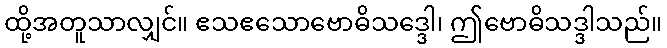
ထို့အတူသာလျှင်။ ဧသဧသောဗောဓိသဒ္ဒေါ၊ ဤဗောဓိသဒ္ဒါသည်။